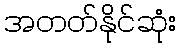
အတတ်နိုင်ဆုံး